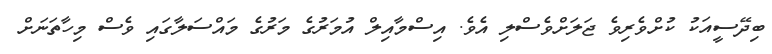
ބިދޭސީއަކު ކުށްވެރިވެ ޖަލަށްވެސްލި އެވެ. އިސްމާއިލް އުމަރުގެ މަރުގެ މައްސަލާގައި ވެސް މިހާތަނަށް